Indian journal of veterinary science and animal husbandry - Volumes 28-29, 1958-1959
Year: 1958
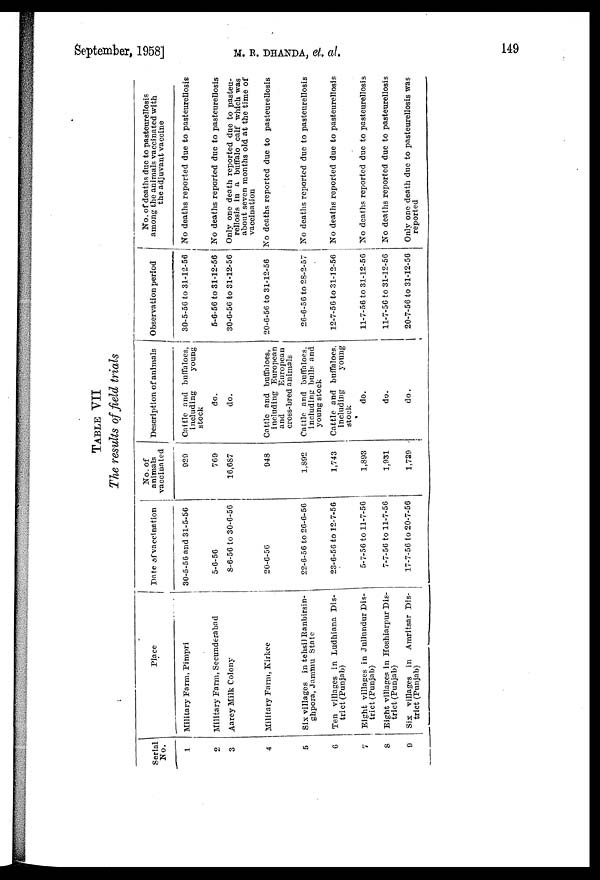
September, 1958] M. R. DHANDA, et. al.
149
TABLE
VII
The results of field trials
Serial
No.
1
2
3
4
5
6
7
8
9
Place
Military Farm, Pimpri
Military Farm, Seeunderabad
Aarey Milk Colony
Military Farm. Kirkee
Six villages in tehsil Ranbirsin-
ghpora, Jammu State
Ten villages in Ludhiana Dis-
trict (Punjab)
Eight villages in Jullundur Dis-
trict (Punjab)
Eight villages in Hoshiarpur Dis-
trict (Punjab)
Six villages in Amritsar Dis-
trict (Punjab)
Date of vaccination
30-5-56 and 31-5-56
5-6-56
8-6-56 to 30-6-56
20-6-56
22-6-56 to 26-6-56
23-6-56 to 12-7-56
5-7-56 to 11-7-56
7-7-56 to 11-7-56
17-7-56 to 20-7-56
No. of
animals
vaccinated
929
769
16,687
948
1,892
1,743
1,893
1,931
1,739
Description of animals
Cattle and buffaloes,
including
young
stock
do.
do.
Cattle and buffaloes,
including European
and
European
cross-bred animals
Cattle and buffaloes,
including bulls and
young stock
Cattle and buffaloes,
including
young
stock
do.
do.
do.
Observation period
30-5-56 to 31-12-56
5-6-56 to 31-12-56
30-6-56 to 31-12-56
20-6-56 to 31-12-56
26-6-56 to 28-2-57
12-7-56 to 31-12-56
11-7-56 to 31-12-56
11-7-56 to 31-12-56
20-7-56 to 31-12-56
No. of deaths due to pasteurellosis
among the animals vaccinated with
the adjuvant vaccine
No deaths reported due to pasteurellosis
No deaths reported due to pasteurellosis
Only one death reported due to pasteu-
rellosis in a buffalo calf which was
about seven months old at the time of
vaccination
No deaths reported due to pasteurellosis
No deaths reported due to pasteurellosis
No deaths reported due to pasteurellosis
No deaths reported due to pasteurellosis
No deaths reported due to pasteurellosis
Only one death due to pasteurellosis was
reported